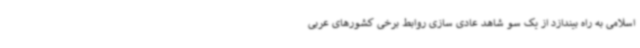
اسلامی به راه بیندازد از یک سو شاهد عادی سازی روابط برخی کشورهای عربی